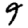
Digit: 9